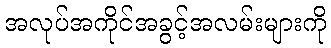
အလုပ်အကိုင်အခွင့်အလမ်းများကို